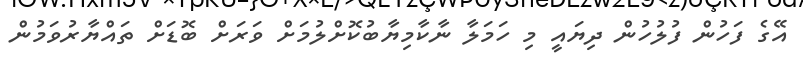
އޭގެ ފަހުން ފުލުހުން ދިޔައީ މި ހަމަލާ ނާކާމިޔާބުކޮށްލުމަށް ވަރަށް ބޮޑަށް ތައްޔާރުވަމުން